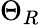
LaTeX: \Theta_{R}